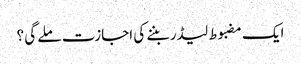
ایک مضبوط لیڈر بننے کی اجازت ملے گی ؟